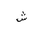
Letter: _shin